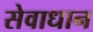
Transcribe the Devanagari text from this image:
सेवाधान